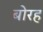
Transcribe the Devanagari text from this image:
बोरह